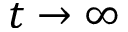
t \to \infty